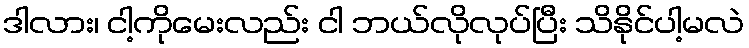
ဒါလား၊ ငါ့ကိုမေးလည်း ငါ ဘယ်လိုလုပ်ပြီး သိနိုင်ပါ့မလဲ